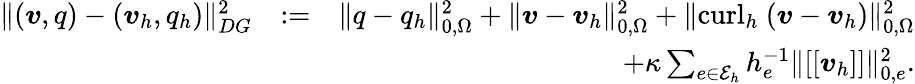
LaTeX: \begin{array}{rlr}{\| (\boldsymbol{v},q)-(\boldsymbol{v}_{h},q_{h})\| _{DG}^{2}}&{:=}&{\| {q-q_{h}}\| _{0,\Omega}^{2}+\| \boldsymbol{v}-\boldsymbol{v}_{h}\| _{0,\Omega}^{2}+\| \mathrm{curl}_{h}~(\boldsymbol{v}-\boldsymbol{v}_{h})\| _{0,\Omega}^{2}}\\ &{}&{+\kappa\sum_{e\in\mathcal{E}_{h}}h_{e}^{-1}\| [[\boldsymbol{v}_{h}]]\| _{0,e}^{2}.}\end{array}